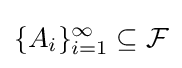
\{A_{i}\}_{i=1}^{\infty }\subseteq {\mathcal {F}}